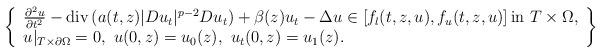
LaTeX: \begin{align*}\left\{\begin{array}{ll}\frac{\partial^2u}{\partial t^2} -{\rm div}\,(a(t, z)|Du_t|^{p-2}Du_t) + \beta(z)u_t - \Delta u \in \left[f_l(t, z, u), f_u(t, z, u)\right] \mbox{in}\ T\times\Omega, \\u|_{T\times\partial\Omega} = 0,\ u(0, z)=u_0(z),\ u_t(0, z)=u_1(z).\end{array}\right\}\end{align*}